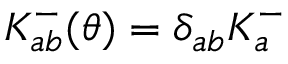
K _ { a b } ^ { - } ( \theta ) = \delta _ { a b } K _ { a } ^ { - }